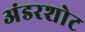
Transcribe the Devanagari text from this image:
अंडरशोट